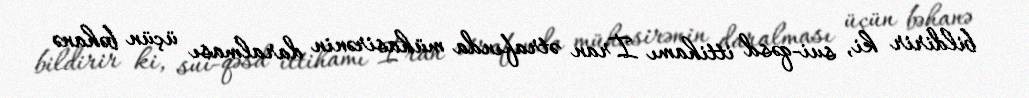
bildirir ki, sui-qəsd ittihamı İran ətrafında mühasirənin daralması üçün bəhanə